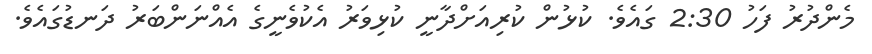
މެންދުރު ފަހު 2:30 ގައެވެ. ކުޅުން ކުރިއަށްދާނީ ކުޅިވަރު އެކުވެނީގެ އެއްނަންބަރު ދަނޑުގައެވެ.